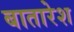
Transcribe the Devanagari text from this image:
बातारेश